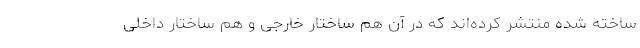
ساخته شده منتشر کرده‌اند که در آن هم ساختار خارجی و هم ساختار داخلی